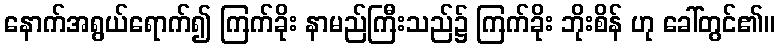
နောက်အရွယ်ရောက်၍ ကြက်ခိုး နာမည်ကြီးသည်၌ ကြက်ခိုး ဘိုးစိန် ဟု ခေါ်တွင်၏။